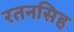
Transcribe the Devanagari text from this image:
रतनसिह